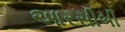
આરસીબી